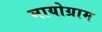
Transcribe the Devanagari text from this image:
मायोग्राम